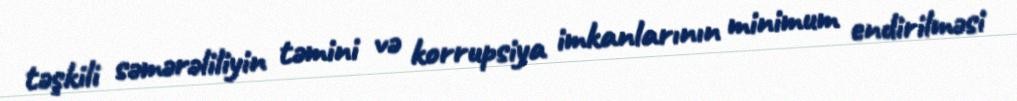
təşkili səmərəliliyin təmini və korrupsiya imkanlarının minimum endirilməsi